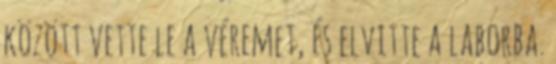
között vette le a véremet, és elvitte a laborba.